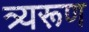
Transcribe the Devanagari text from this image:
त्र्यरूण